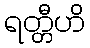
ရတ္တီဟိ